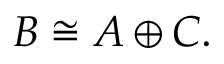
B \cong A \oplus C .